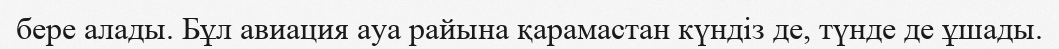
бере алады. Бұл авиация ауа райына қарамастан күндіз де, түнде де ұшады.